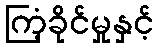
ကြံ့ခိုင်မှုနှင့်